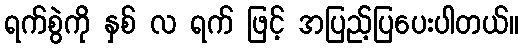
ရက်စွဲကို နှစ် လ ရက် ဖြင့် အပြည့်ပြပေးပါတယ်။